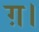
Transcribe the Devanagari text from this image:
ग़।